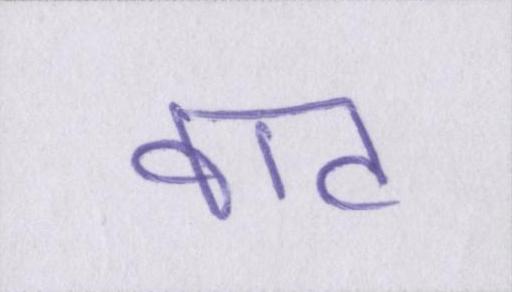
वाट